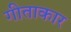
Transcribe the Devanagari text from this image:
गीताकार